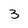
Character: 3